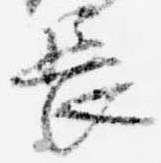
長